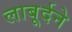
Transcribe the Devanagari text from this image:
लाबूर्दने